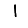
Digit: 1